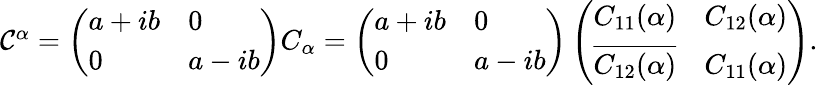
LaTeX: \begin{array}{r}{\mathcal{C}^{\alpha}=\left(\begin{array}{ll}{a+ib}&{0}\\ {0}&{a-ib}\end{array}\right)C_{\alpha}=\left(\begin{array}{ll}{a+ib}&{0}\\ {0}&{a-ib}\end{array}\right)\left(\begin{array}{ll}{C_{11}(\alpha)}&{C_{12}(\alpha)}\\ {\overline{{C_{12}(\alpha)}}}&{C_{11}(\alpha)}\end{array}\right).}\end{array}